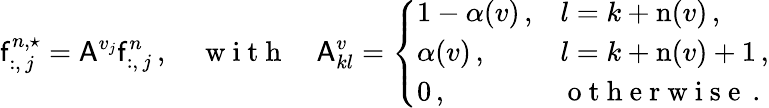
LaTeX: \mathsf{f}_{:,\, j}^{n,\star}=\mathsf{A}^{v_{j}}\mathsf{f}_{:,\, j}^{n}\, ,\quad\mathrm{~w~i~t~h~}\quad\mathsf{A}_{kl}^{v}=\left\{ \begin{array}{ll}{1-\alpha(v)\, ,}&{l=k+\mathrm{n}(v)\, ,}\\ {\alpha(v)\, ,}&{l=k+\mathrm{n}(v)+1\, ,}\\ {0\, ,}&{\mathrm{~o~t~h~e~r~w~i~s~e~}\, .}\end{array}\right.